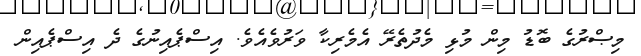
މިޞްރުގެ ބޮޑު މިން މުޅި މެދުތެރޭ އެމެރިކާ ވަރުވެއެވެ. އިސްޕެއިނުގެ ދެ އިސްޕެއިން